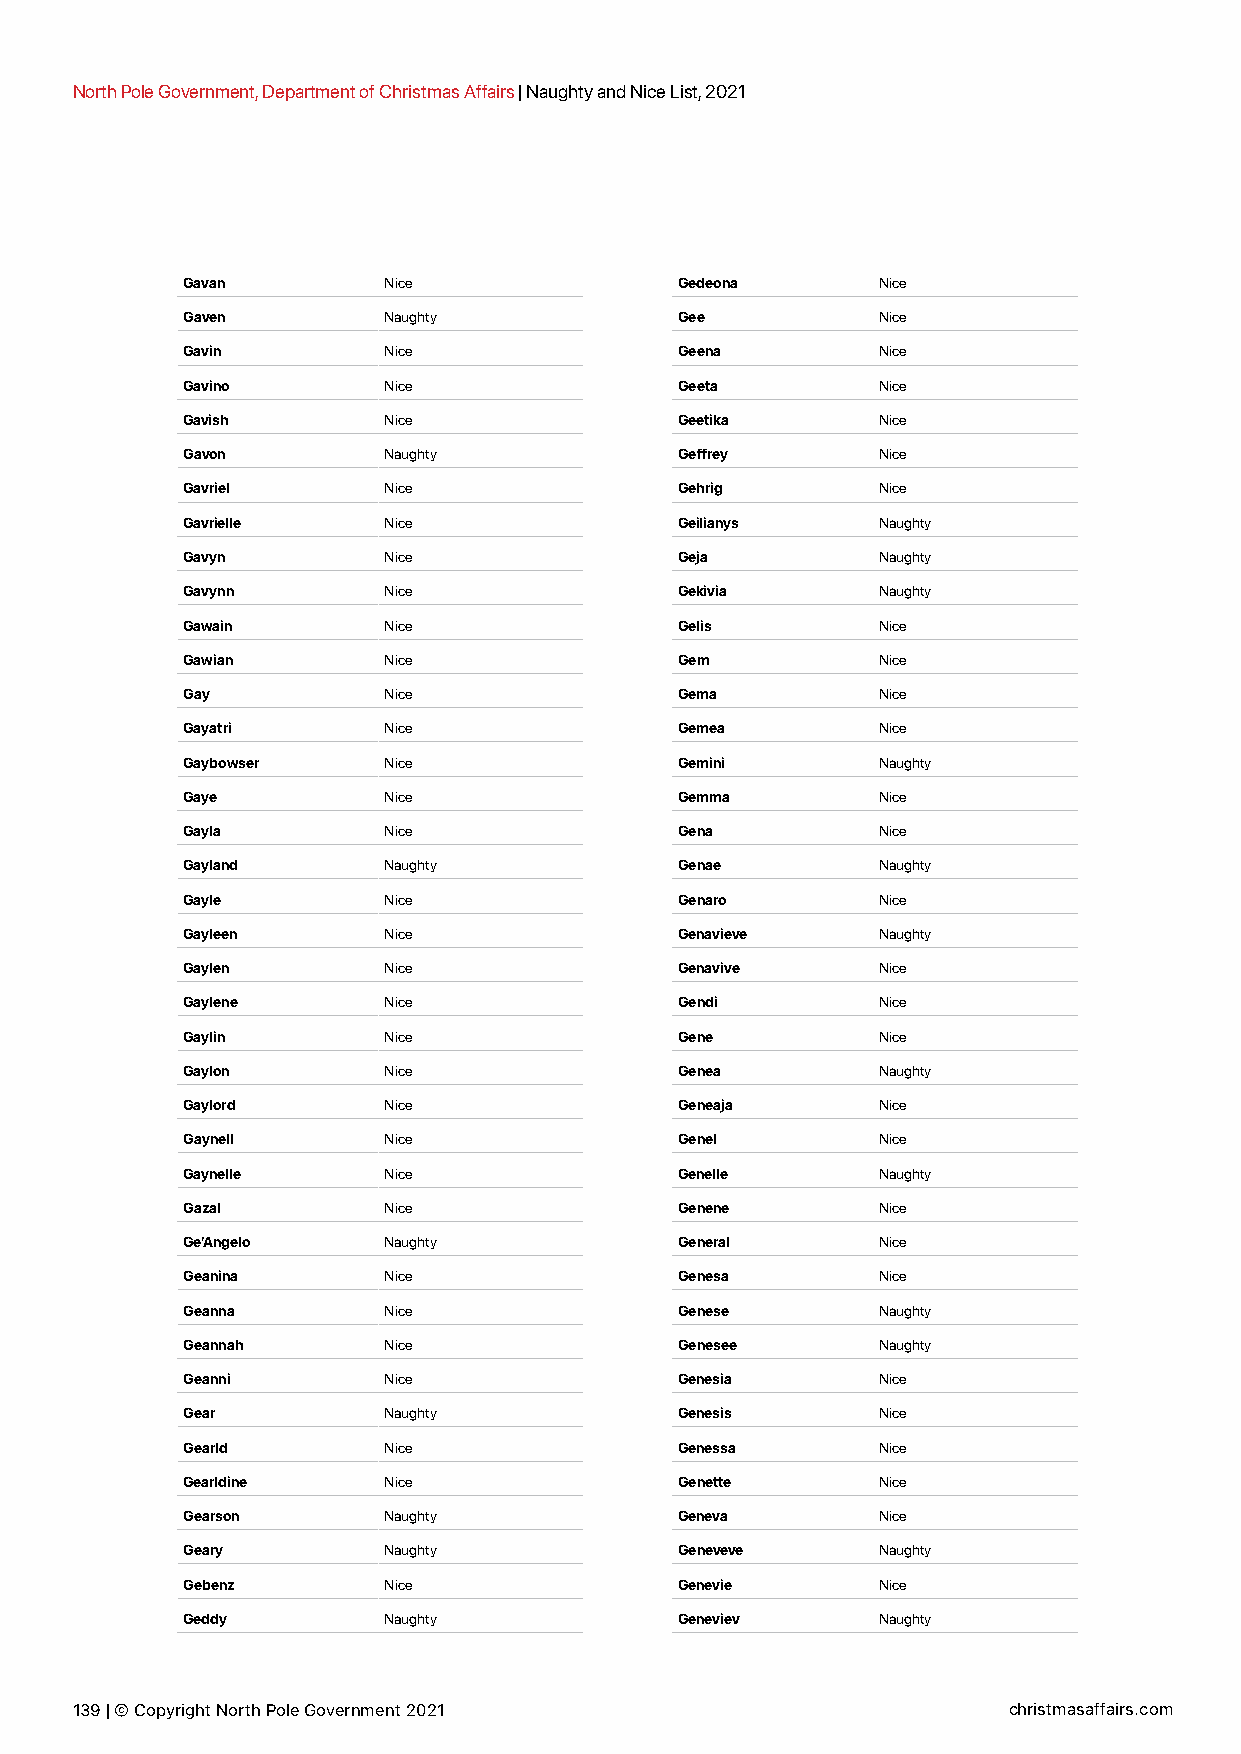
North Pole Government, Department of Christmas Affairs | Naughty and Nice List, 2021
 Gavan        Nice                Gedeona      Nice
 Gaven        Naughty             Gee          Nice
 Gavin        Nice                Geena        Nice
 Gavino       Nice                Geeta        Nice
 Gavish       Nice                Geetika      Nice
 Gavon        Naughty             Geffrey      Nice
 Gavriel      Nice                Gehrig       Nice
 Gavrielle    Nice                Geilianys    Naughty
 Gavyn        Nice                Geja         Naughty
 Gavynn       Nice                Gekivia      Naughty
 Gawain       Nice                Gelis        Nice
 Gawian       Nice                Gem          Nice
 Gay          Nice                Gema         Nice
 Gayatri      Nice                Gemea        Nice
 Gaybowser    Nice                Gemini       Naughty
 Gaye         Nice                Gemma        Nice
 Gayla        Nice                Gena         Nice
 Gayland      Naughty             Genae        Naughty
 Gayle        Nice                Genaro       Nice
 Gayleen      Nice                Genavieve    Naughty
 Gaylen       Nice                Genavive     Nice
 Gaylene      Nice                Gendi        Nice
 Gaylin       Nice                Gene         Nice
 Gaylon       Nice                Genea        Naughty
 Gaylord      Nice                Geneaja      Nice
 Gaynell      Nice                Genel        Nice
 Gaynelle     Nice                Genelle      Naughty
 Gazal        Nice                Genene       Nice
 Ge’Angelo    Naughty             General      Nice
 Geanina      Nice                Genesa       Nice
 Geanna       Nice                Genese       Naughty
 Geannah      Nice                Genesee      Naughty
 Geanni       Nice                Genesia      Nice
 Gear         Naughty             Genesis      Nice
 Gearld       Nice                Genessa      Nice
 Gearldine    Nice                Genette      Nice
 Gearson      Naughty             Geneva       Nice
 Geary        Naughty             Geneveve     Naughty
 Gebenz       Nice                Genevie      Nice
 Geddy        Naughty             Geneviev     Naughty
 139 | © Copyright North Pole Government 2021                  christmasaffairs.com